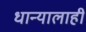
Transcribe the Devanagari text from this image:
धान्यालाही